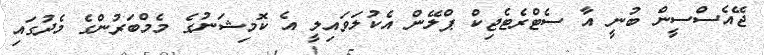
ޖޭއެސްސީން ބުނީ އާ ސެޓްރެޓެޖިކް ޕްލޭން އެކުލަވައިލީ އެ ކޮމިޝަނުގެ މެމްބަރުންގެ މެދުގައި